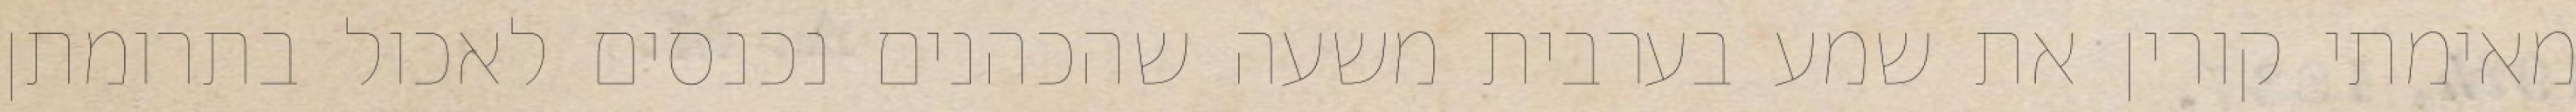
מאימתי קורין את שמע בערבית משעה שהכהנים נכנסים לאכול בתרומתן